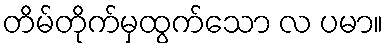
တိမ်တိုက်မှထွက်သော လ ပမာ။